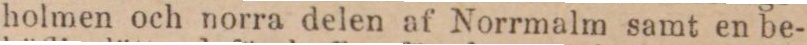
holmen och norra delen af Norrmalm samt en be-